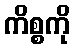
ကိစ္စကို